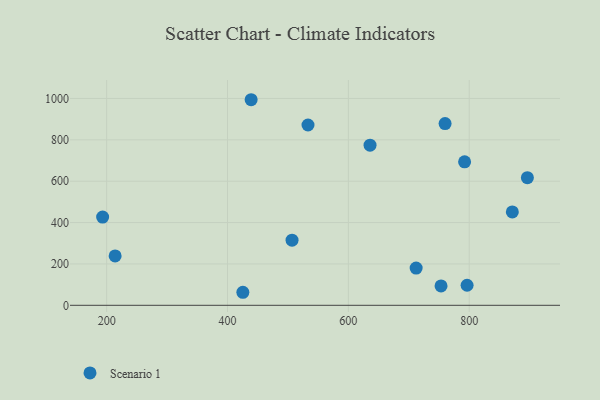
{"axis": {"x": "Engine Size", "y": "Profit"}, "legend": ["Scenario 1"], "data": [{"x": "871.4", "y": 451.6, "type": "Scenario 1"}, {"x": "506.8", "y": 314.9, "type": "Scenario 1"}, {"x": "533.2", "y": 871.7, "type": "Scenario 1"}, {"x": "193.3", "y": 426.7, "type": "Scenario 1"}, {"x": "896.3", "y": 617.0, "type": "Scenario 1"}, {"x": "635.9", "y": 774.0, "type": "Scenario 1"}, {"x": "425.4", "y": 63.0, "type": "Scenario 1"}, {"x": "753.4", "y": 93.5, "type": "Scenario 1"}, {"x": "214.0", "y": 238.6, "type": "Scenario 1"}, {"x": "792.4", "y": 693.7, "type": "Scenario 1"}, {"x": "796.5", "y": 96.9, "type": "Scenario 1"}, {"x": "712.2", "y": 180.0, "type": "Scenario 1"}, {"x": "760.1", "y": 878.7, "type": "Scenario 1"}, {"x": "439.1", "y": 993.9, "type": "Scenario 1"}]}